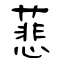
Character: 蕜